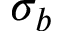
\sigma _ { b }